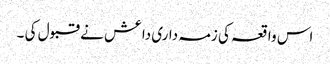
اس واقعہ کی زمہ داری داعش نے قبول کی ۔